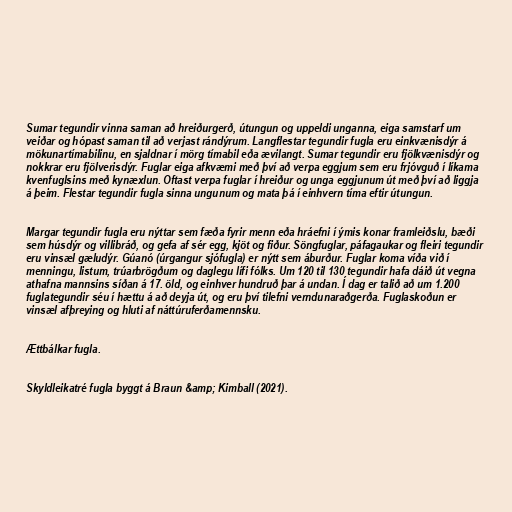
Sumar tegundir vinna saman að hreiðurgerð, útungun og uppeldi unganna, eiga samstarf um
veiðar og hópast saman til að verjast rándýrum. Langflestar tegundir fugla eru einkvænisdýr á
mökunartímabilinu, en sjaldnar í mörg tímabil eða ævilangt. Sumar tegundir eru fjölkvænisdýr og
nokkrar eru fjölverisdýr. Fuglar eiga afkvæmi með því að verpa eggjum sem eru frjóvguð í líkama
kvenfuglsins með kynæxlun. Oftast verpa fuglar í hreiður og unga eggjunum út með því að liggja
á þeim. Flestar tegundir fugla sinna ungunum og mata þá í einhvern tíma eftir útungun.

Margar tegundir fugla eru nýttar sem fæða fyrir menn eða hráefni í ýmis konar framleiðslu, bæði
sem húsdýr og villibráð, og gefa af sér egg, kjöt og fiður. Söngfuglar, páfagaukar og fleiri tegundir
eru vinsæl gæludýr. Gúanó (úrgangur sjófugla) er nýtt sem áburður. Fuglar koma víða við í
menningu, listum, trúarbrögðum og daglegu lífi fólks. Um 120 til 130 tegundir hafa dáið út vegna
athafna mannsins síðan á 17. öld, og einhver hundruð þar á undan. Í dag er talið að um 1.200
fuglategundir séu í hættu á að deyja út, og eru því tilefni verndunaraðgerða. Fuglaskoðun er
vinsæl afþreying og hluti af náttúruferðamennsku.

Ættbálkar fugla.

Skyldleikatré fugla byggt á Braun &amp; Kimball (2021).